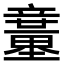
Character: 𥫍